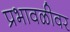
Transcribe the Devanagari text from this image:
प्रभावळीवर